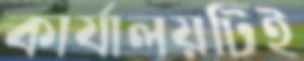
কার্যালয়টিই